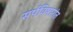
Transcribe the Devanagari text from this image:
सर्पविषारांत